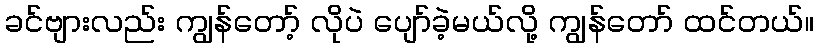
ခင်ဗျားလည်း ကျွန်တော့် လိုပဲ ပျော်ခဲ့မယ်လို့ ကျွန်တော် ထင်တယ်။